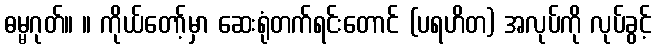
ဓမ္မဂုတ်။ ။ ကိုယ်တော့်မှာ ဆေးရုံတက်ရင်းတောင် (ပရဟိတ) အလုပ်ကို လုပ်ခွင့်